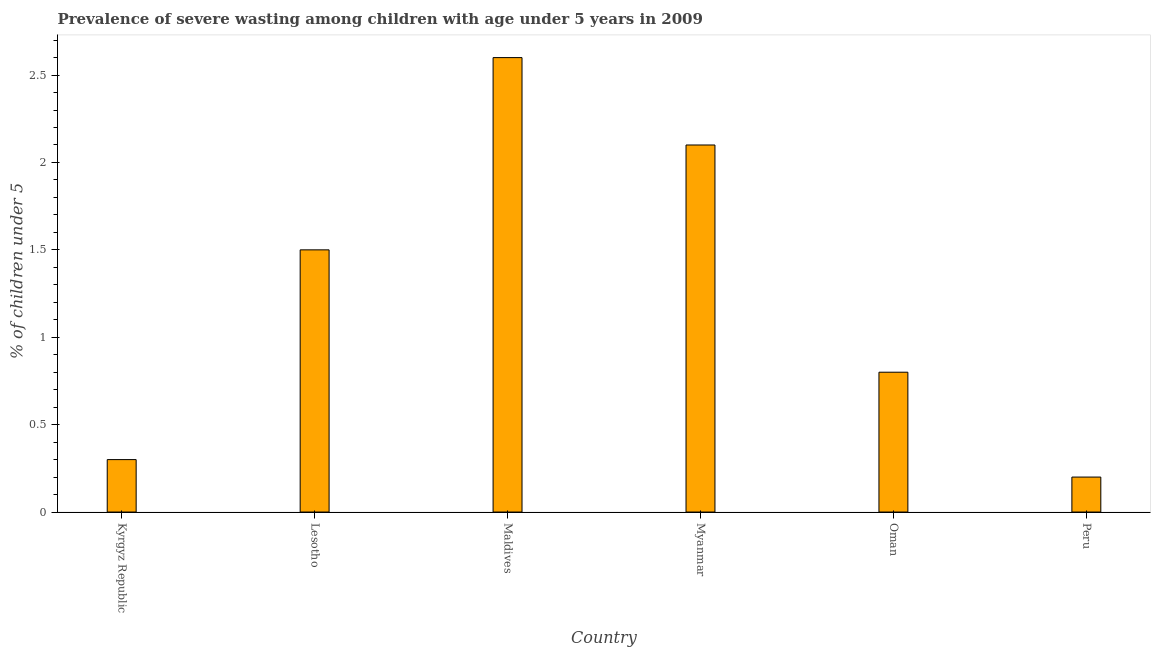
| Country | Prevalence of severe wasting |
 | --- | --- |
 | Kyrgyz Republic | 0.3 |
 | Lesotho | 1.5 |
 | Maldives | 2.6 |
 | Myanmar | 2.1 |
 | Oman | 0.8 |
 | Peru | 0.2 |